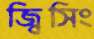
জ্বিসিং